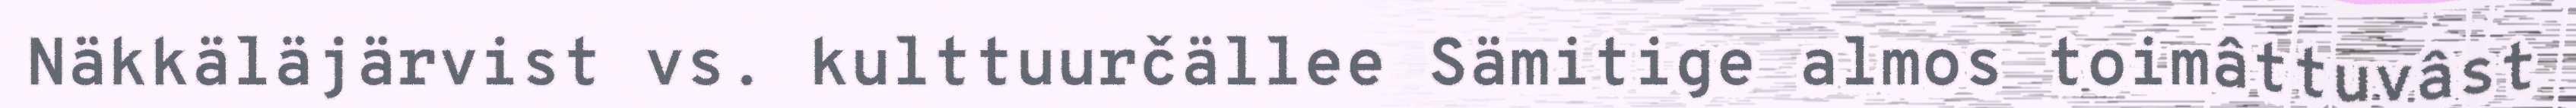
Näkkäläjärvist vs. kulttuurčällee Sämitige almos toimâttuvâst